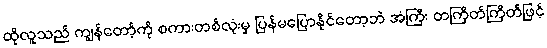
ထိုလူသည် ကျွန်တော့်ကို စကားတစ်လုံးမှ ပြန်မပြောနိုင်တော့ဘဲ အံကြီး တကြိတ်ကြိတ်ဖြင့်